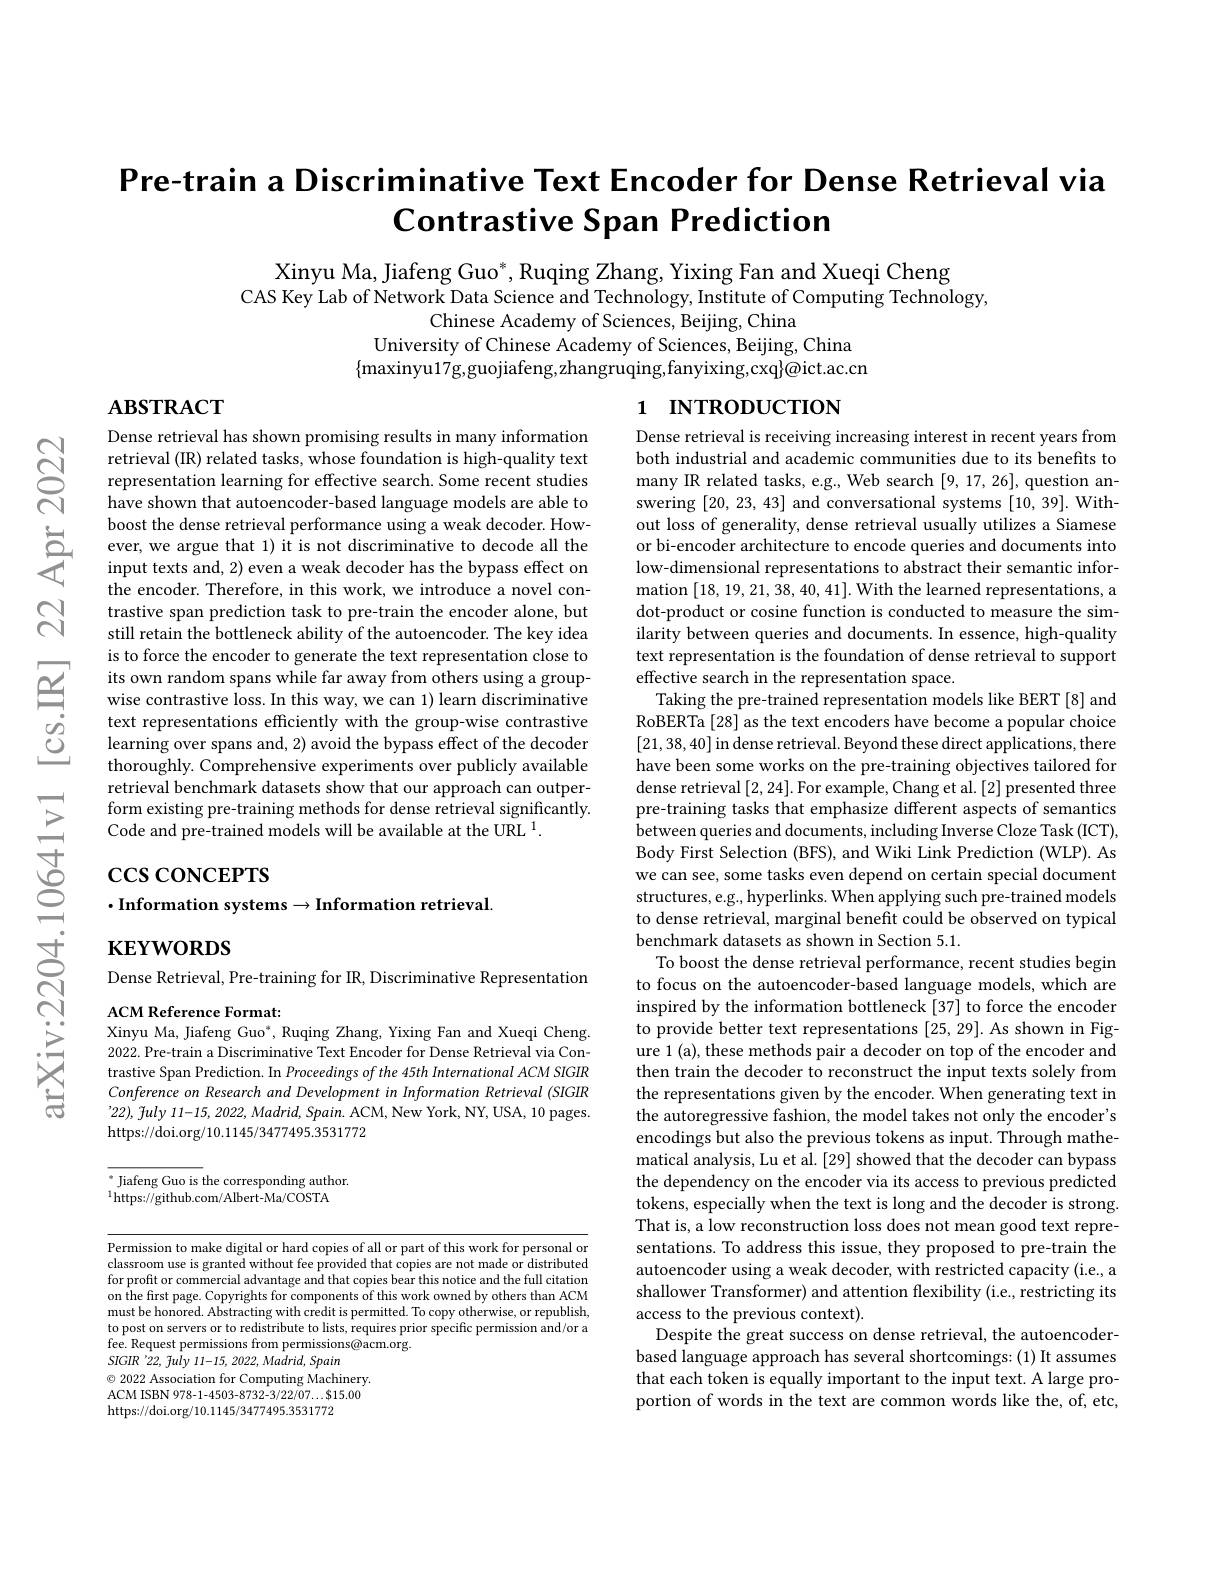
$ଟ୍ରି$

# Pre-train a Discriminative Text Encoder for Dense Retrieval via $\textbf{Contrastive Span Prediction}$

Xinyu Ma, Jiafeng Guo*, Ruqing Zhang, Yixing Fan and Xueqi Cheng
CAS Key Lab of Network Data Science and Technology, Institute of Computing Technology,
Chinese Academy of Sciences, Beijing, China
University of Chinese Academy of Sciences, Beijing, China
$\{$maxinyu17g,guojiafeng,zhangruqing,fanyixing,cxq$\}$@ict.ac.cn

# 1 INTRODUCTION

$ABSTRACT$

Dense retrieval has shown promising results in many information retrieval (IR) related tasks, whose foundation is high-quality text representation learning for effective search. Some recent studies have shown that autoencoder-based language models are able to boost the dense retrieval performance using a weak decoder. How-
boost the dense retrieval performance using a weak decoder. How- ever, we argue that 1) it is not discriminative to decode all the input texts and, 2) even a weak decoder has the bypass effect on
the encoder. Therefore, in this work, we introduce a novel contrastive span prediction task to pre-train the encoder alone, but still retain the bottleneck ability of the autoencoder. The key idea is to force the encoder to generate the text representation close to its own random spans while far away from others using a groupwise contrastive loss. In this way, we can 1) learn discriminative text representations efficiently with the group-wise contrastive learning over spans and, 2) avoid the bypass effect of the decoder thoroughly. Comprehensive experiments over publicly available retrieval benchmark datasets show that our approach can outperform existing pre-training methods for dense retrieval significantly. Code and pre-trained models will be available at the URL $^1.$

# $\csc\cos$coNCEPTS $\cdot$Information systems$\to$Information retrieval.

Dense retrieval is receiving increasing interest in recent years from both industrial and academic communities due to its benefits to many IR related tasks, e.g., Web search [9,17,26],question answering [20,23,43] and conversational systems [10,39]. Without loss of generality, dense retrieval usually utilizes a Siamese or bi-encoder architecture to encode queries and documents into low-dimensional representations to abstract their semantic information [18,19,21,38,40,41]. With the learned representations, a dot-product or cosine function is conducted to measure the sim- $\hat{\text{ilarity between queries and documents. In essence, high-quality}}$ text representation is the foundation of dense retrieval to support effective search in the representation space.
Taking the pre-trained representation models like BERT[8] and RoBERTa [28] as the text encoders have become a popular choice [21,38,40]in dense retrieval. Beyond these direct applications, there have been some works on the pre-training objectives tailored for dense retrieval [2,24]. For example, Chang et al. [2] presented three pre-training tasks that emphasize different aspects of semantics between queries and documents, including Inverse Cloze Task (ICT), Body First Selection (BFS), and Wiki Link Prediction (WLP). As we can see, some tasks even depend on certain special document structures, e.g. hyperlinks. When applying such pre-trained models to dense retrieval, marginal benefit could be observed on typical benchmark datasets as shown in Section 5.1.
To boost the dense retrieval performance, recent studies begin to focus on the autoencoder-based language models, which are inspired by the information bottleneck [37] to force the encoder to provide better text representations [25,29]. As shown in Figure 1 (a), these methods pair a decoder on top of the encoder and then train the decoder to reconstruct the input texts solely from the representations given by the encoder. When generating text in the autoregressive fashion, the model takes not only the encoder's encodings but also the previous tokens as input. Through mathematical analysis, Lu et al. [29] showed that the decoder can bypass the dependency on the encoder via its access to previous predicted $\dot{\text{tokens, especially when the text is long and the decoder is strong.}}$ That is, a low reconstruction loss does not mean good text representations. To address this issue, they proposed to pre-train the autoencoder using a weak decoder, with restricted capacity (i.e., a shallower Transformer) and attention flexibility (i.e, restricting its access to the previous context).
Despite the great success on dense retrieval, the autoencoderbased language approach has several shortcomings: (1) It assumes that each token is equally important to the input text. A large proportion of words in the text are common words like the, of, etc,

$\mathbf{KEYWORDS}$

Dense Retrieval, Pre-training for IR, Discriminative Representation

ACM Reference Format:
Xinyu Ma, Jiafeng Guo", Ruqing Zhang, Yixing Fan and Xueqi Cheng. 2022. Pre-train a Discriminative Text Encoder for Dense Retrieval via Contrastive Span Prediction. In Proceedings of the 45th International ACM SIGIR Conference on Research and Development in Information Retrieval (SIGIR '22), July 11-15, 2022, Madrid, Spain. ACM, New York, NY, USA, 10 pages. https://doi.org/10.1145/3477495.3531772

$^*$ Jiafeng Guo is the corresponding author.
$^{1}$https://github.com/Albert-Ma/COSTA

Permission to make digital or hard copies of all or part of this work for personal or classroom use is granted without fee provided that copies are not made or distributed for profit or commercial advantage and that copies bear this notice and the full citation on the first page. Copyrights for components of this work owned by others than ACM must be honored. Abstracting with credit is permitted. To copy otherwise, or republish, to post on servers or to redistribute to lists, requires prior specific permission and/or a fee. Request permissions from permissions@acm.org.
$SIGIR$ '22, fuly 11-15, 2022, Madrid, Spain
$\odot$ 2022 Association for Computing Machinery. ACM ISBN 978-1-4503-8732-3/22/07...$15.00 https://doi.org/10.1145/3477495.3531772